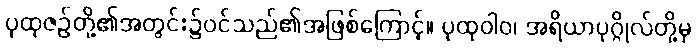
ပုထုဇဉ်တို့၏အတွင်း၌ဝင်သည်၏အဖြစ်ကြောင့်။ ပုထုဝါဝ၊ အရိယာပုဂ္ဂိုလ်တို့မှ